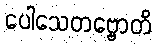
ပေါသေတဗ္ဗောတိ